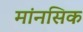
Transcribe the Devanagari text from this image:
मांनसिक